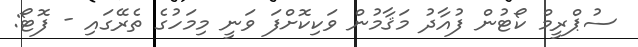
ސުޕްރީމް ކޯޓުން ފުއާދު މަޤާމުން ވަކިކޮށްފަ ވަނީ މިމަހުގެ ތެރޭގައި - ފޮޓޯ: